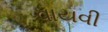
વાયવી